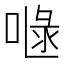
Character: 𠷍